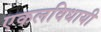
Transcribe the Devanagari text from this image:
एकलविधायी